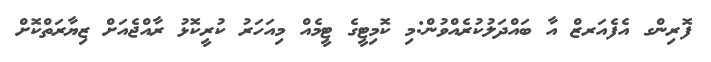
ފޮރިންގ އެފެއަރޒް އާ ބައްދަލުކުރެއްވުން:މި ކޮމިޓީގެ ޓީމެއް މިއަހަރު ކުރީކޮޅު ރާއްޖެއަށް ޒިޔާރަތްކޮށް